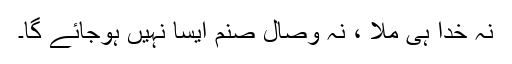
نہ خدا ہی ملا ، نہ وصال صنم ایسا نہیں ہوجائے گا۔